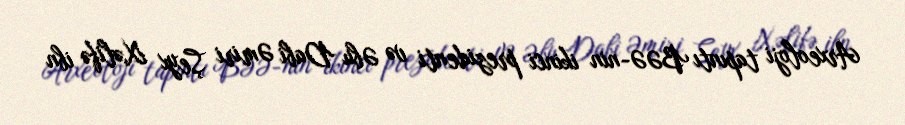
Arxeoloji tapıntı BƏƏ-nin ikinci prezidenti və Əbu Dabi Əmiri Şeyx Xəlifə ibn